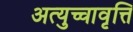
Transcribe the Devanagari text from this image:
अत्युच्चावृत्ति